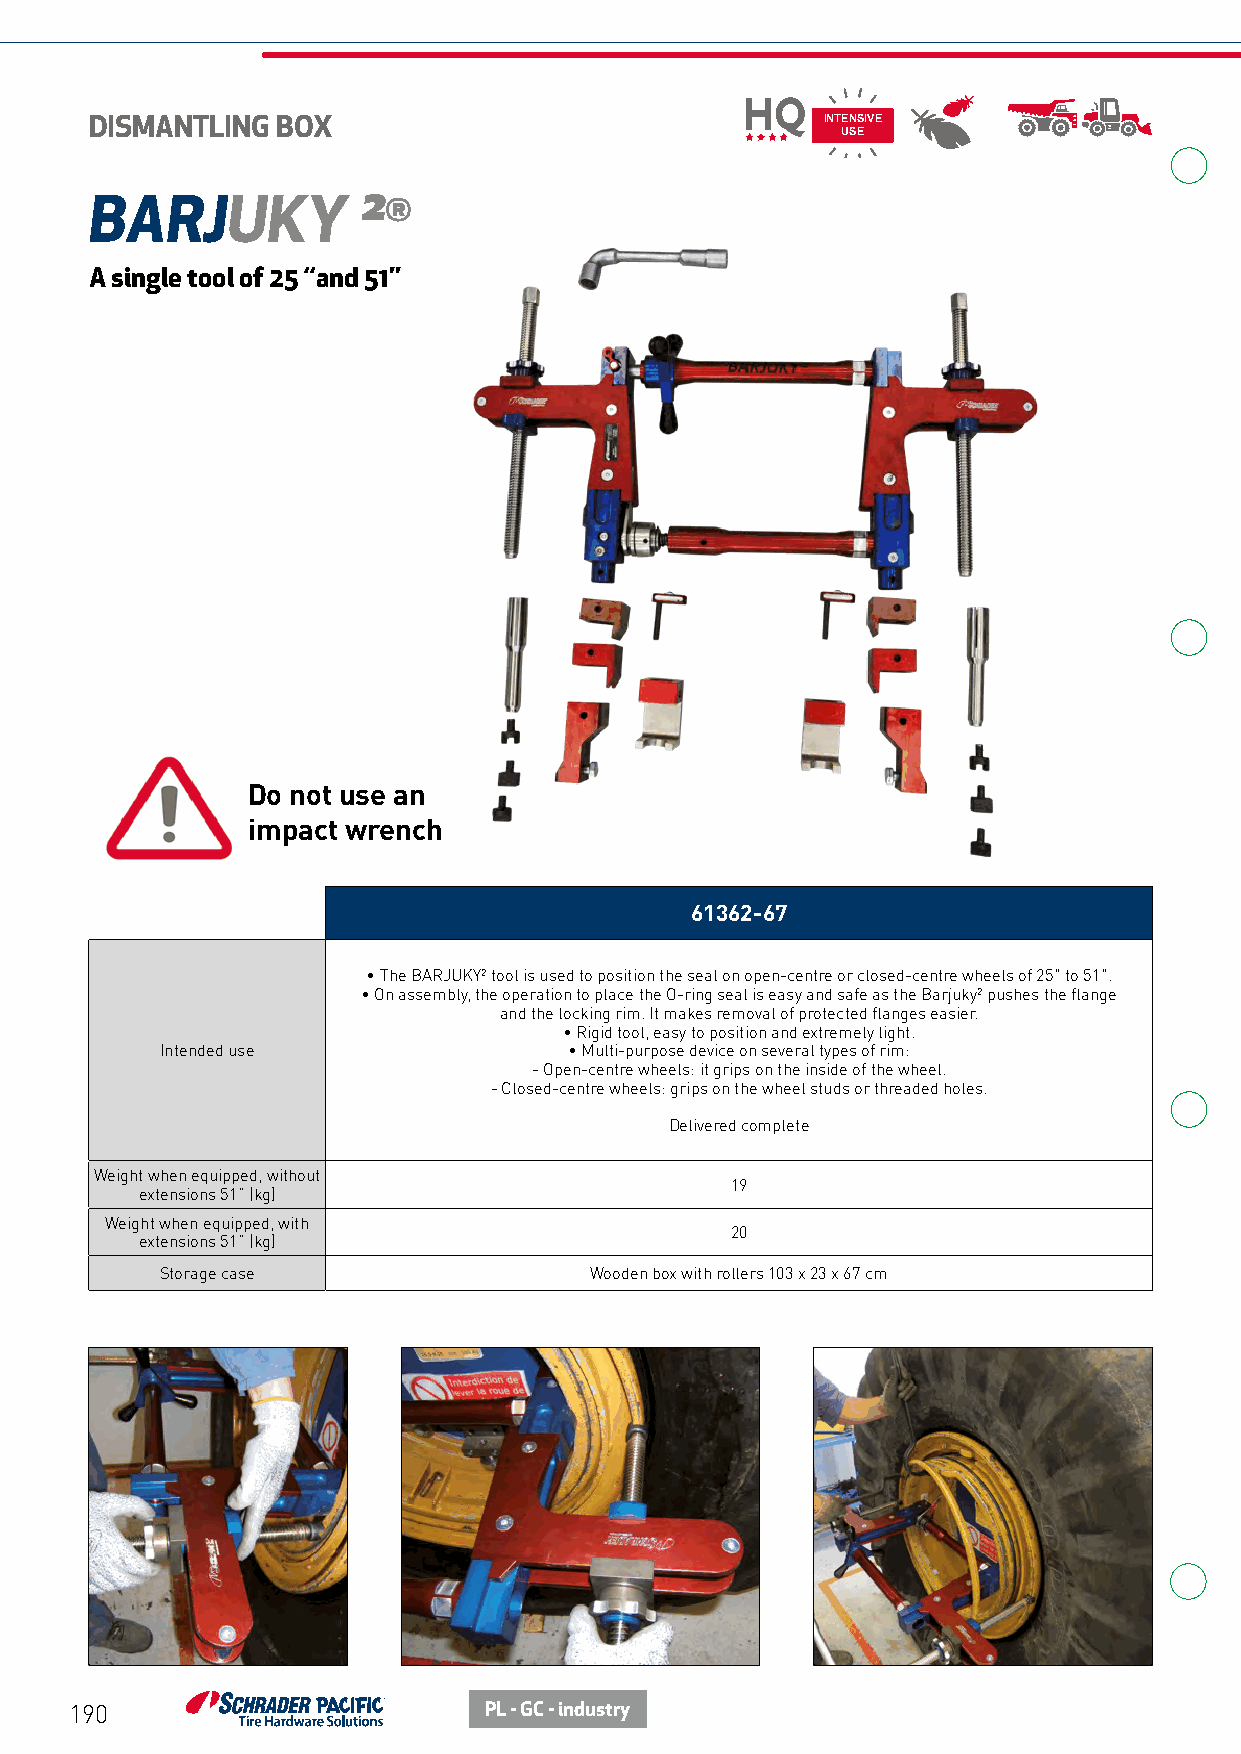
DISMANTLING BOX                                 INTENSIVE
 USE
 BARJUKY           ²®
 A single tool of 25 ‘‘and 51’’
 Do not use an
 impact wrench
 61362-67
 • The BARJUKY² tool is used to position the seal on open-centre or closed-centre wheels of 25" to 51".
 • On assembly, the operation to place the O-ring seal is easy and safe as the Barjuky² pushes the flange
 and the locking rim. It makes removal of protected flanges easier.
 • Rigid tool, easy to position and extremely light.
 Intended use               • Multi-purpose device on several types of rim:
 - Open-centre wheels: it grips on the inside of the wheel.
 - Closed-centre wheels: grips on the wheel studs or threaded holes.
 Delivered complete
 Weight when equipped, without
 19
 extensions 51” (kg)
 Weight when equipped, with
 20
 extensions 51” (kg)
 Storage case                Wooden box with rollers 103 x 23 x 67 cm
 190                        PL - GC - industry